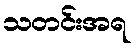
သတင်းအရ